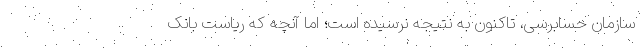
سازمان حسابرسی، تاکنون به نتیجه نرسیده است؛ اما آنچه که ریاست بانک